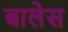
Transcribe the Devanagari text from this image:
बालेस